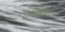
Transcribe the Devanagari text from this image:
पत्रिकांवर